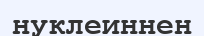
нуклеиннен